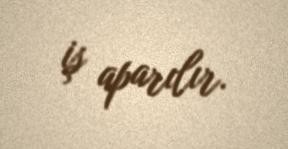
iş aparılır.